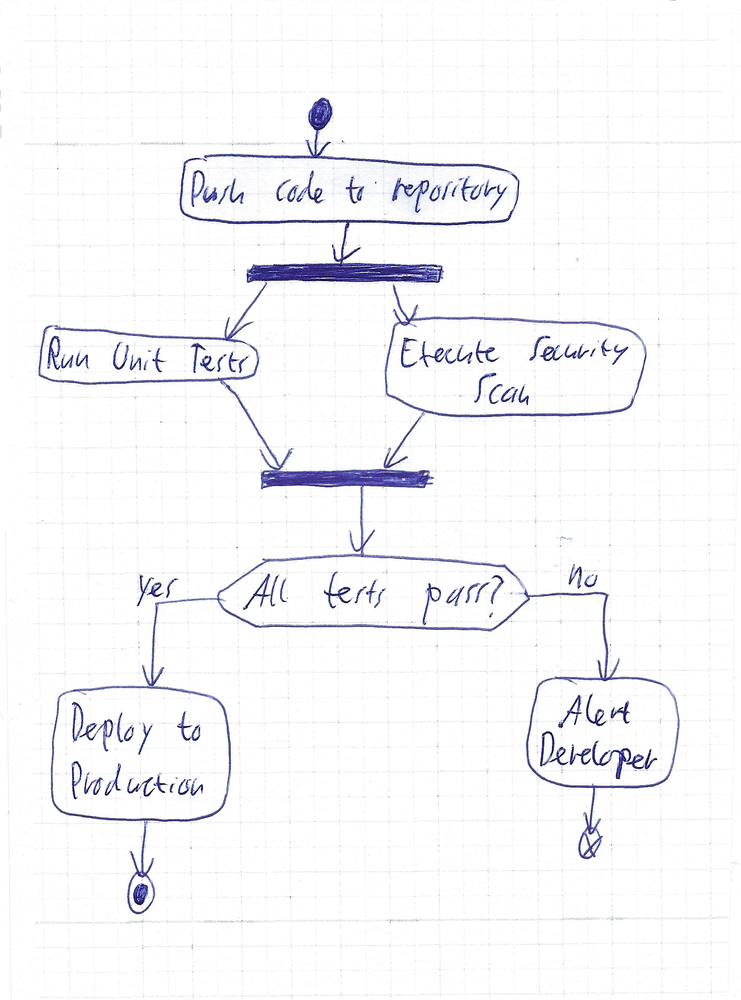
Diagram type: activity_diagram
```plantuml
@startuml

start
:Push code to repository;
fork
  :Run Unit Tests;
fork again
  :Execute Security Scan;
end fork
if (All tests pass?) then (yes)
  :Deploy to Production;
else (no)
  :Alert Developer;
  end
endif
stop

@enduml
```